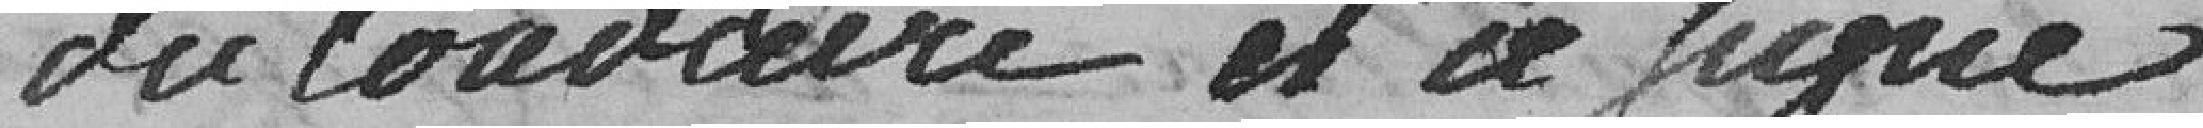
du loudaire et ce signé